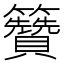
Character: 籫